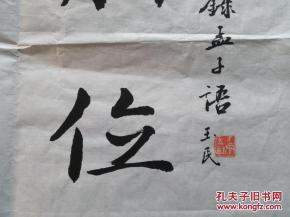
尊贤使能，俊杰在位，则天下之士皆悦，而愿立于其朝矣。